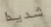
شديدا